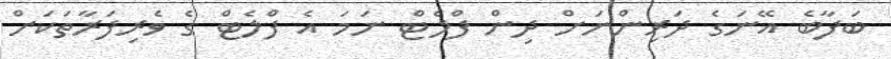
ބަފާބެ އޭނަގެ ދަރިންނަށް ދިން ފްލެޓް ނަމަ އެ ފްލެޓް ގެ ވެރިފަރާތަކަށް